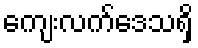
ကျေးလက်ဒေသရှိ